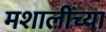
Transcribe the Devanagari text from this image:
मशालींच्या